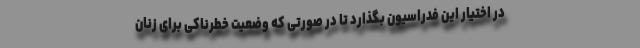
در اختیار این فدراسیون بگذارد تا در صورتی که وضعیت خطرناکی برای زنان